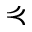
\curlyeqprec